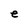
Character: e